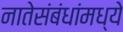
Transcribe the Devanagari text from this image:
नातेसंबंधांमध्ये